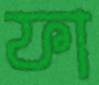
ফা